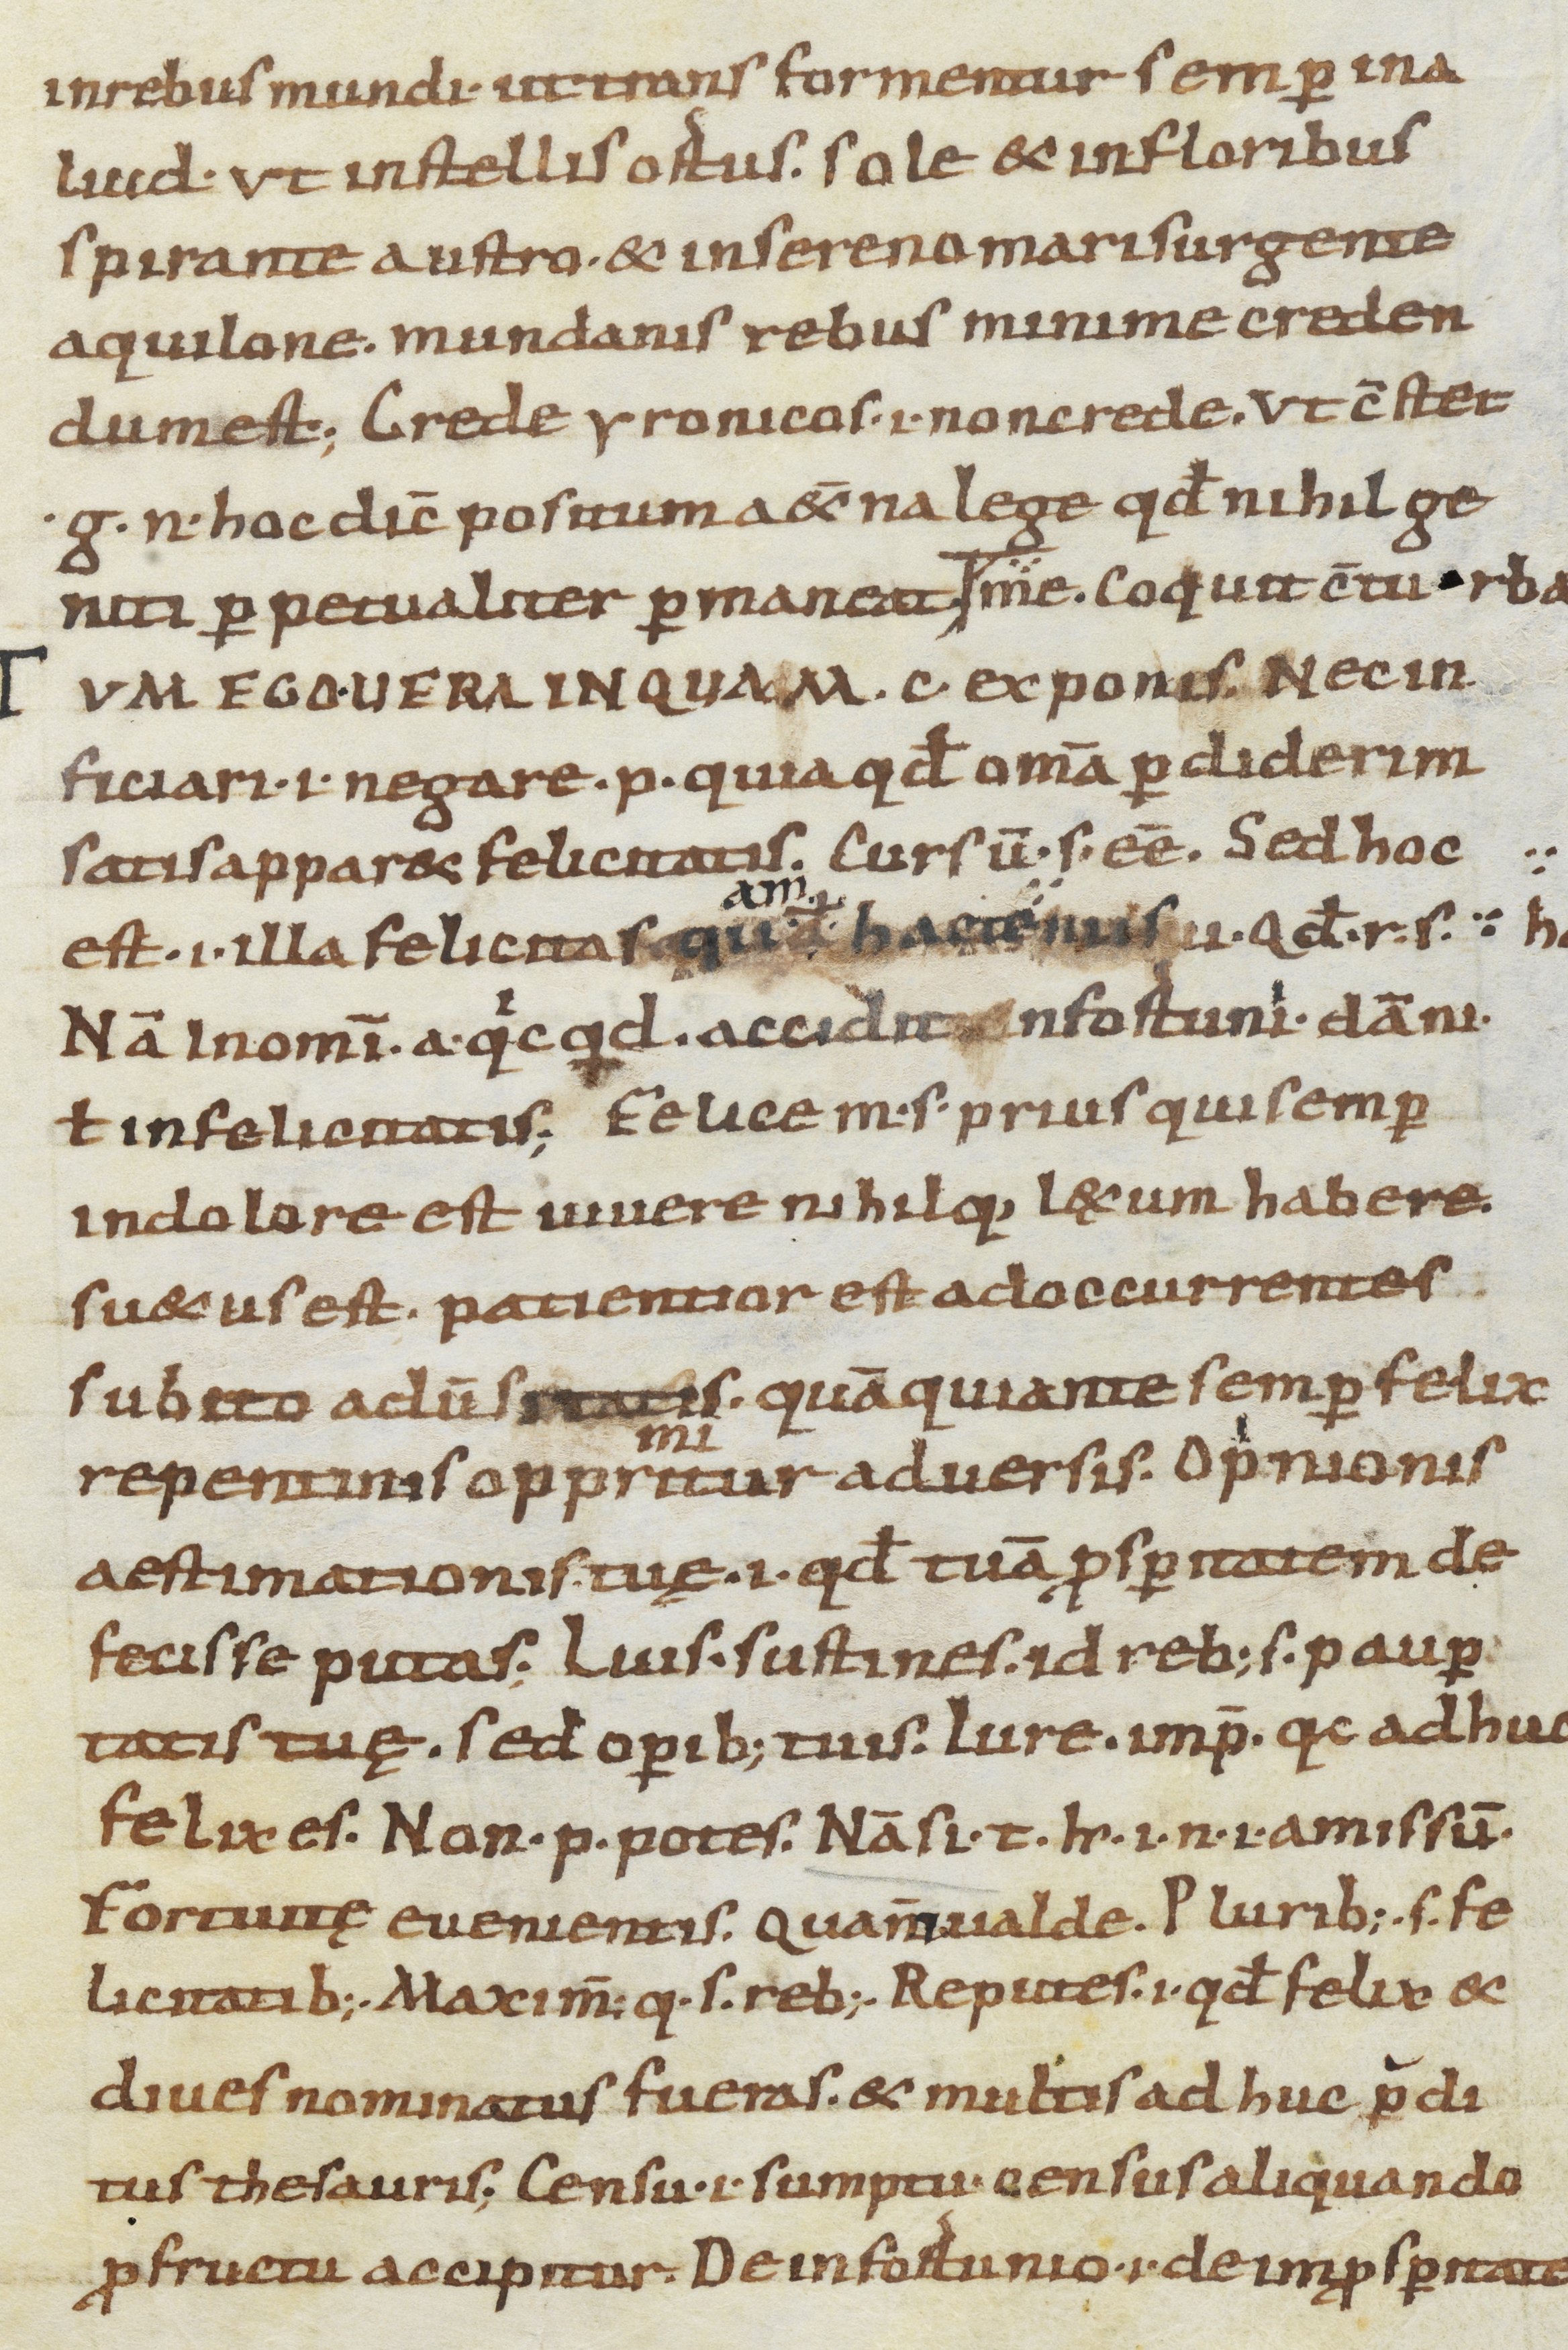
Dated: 900–999